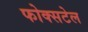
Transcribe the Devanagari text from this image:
फोक्सटेल